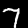
Digit: 7